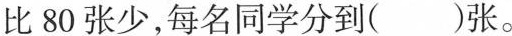
比80张少，每名同学分到()张。